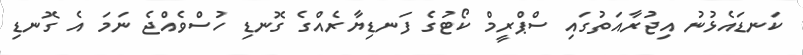
ކަނޑައެޅުނު އިޖުރާއަތުގައި ސްޕްރީމް ކޯޓުގެ ފަނޑިޔާރެއްގެ ގޮނޑި ހުސްވެއްޖެ ނަމަ އެ ގޮނޑި